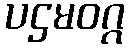
ပဌမဝဂ္ဂ